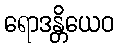
ရောဒန္တိယေဝ